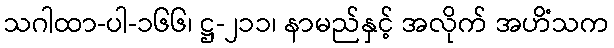
သဂါထာ-ပါ-၁၆၆၊ ဋ္ဌ-၂၁၁၊ နာမည်နှင့် အလိုက် အဟိံသက